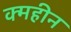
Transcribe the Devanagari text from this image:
क्महीन